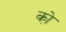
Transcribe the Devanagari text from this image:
को़